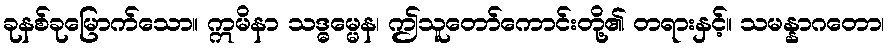
ခုနစ်ခုမြောက်သော။ ဣမိနာ သဒ္ဓမ္မေန၊ ဤသူတော်ကောင်းတို့၏ တရားနှင့်။ သမန္နာဂတော၊